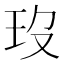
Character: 𤣻